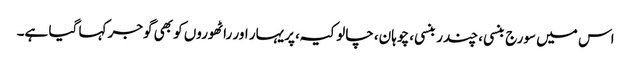
اس میں سورج بنسی، چندر بنسی، چوہان، چالوکیہ، پریہار اور راٹھوروں کو بھی گوجر کہا گیا ہے۔